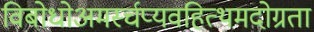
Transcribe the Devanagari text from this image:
विबोधोअमर्स्चप्यवहित्थमदोग्रता